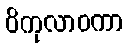
ဝိကုလာဝကာ